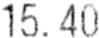
15.40